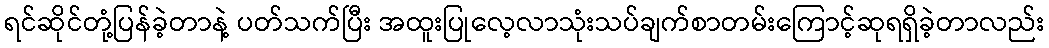
ရင်ဆိုင်တုံ့ပြန်ခဲ့တာနဲ့ ပတ်သက်ပြီး အထူးပြုလေ့လာသုံးသပ်ချက်စာတမ်းကြောင့်ဆုရရှိခဲ့တာလည်း